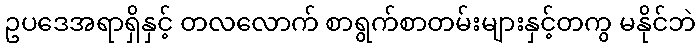
ဥပဒေအရာရှိနှင့် တလလောက် စာရွက်စာတမ်းများနှင့်တကွ မနိုင်ဘဲ